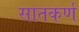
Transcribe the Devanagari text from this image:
सातकर्ण